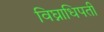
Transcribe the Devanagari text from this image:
विघ्नाधिपती